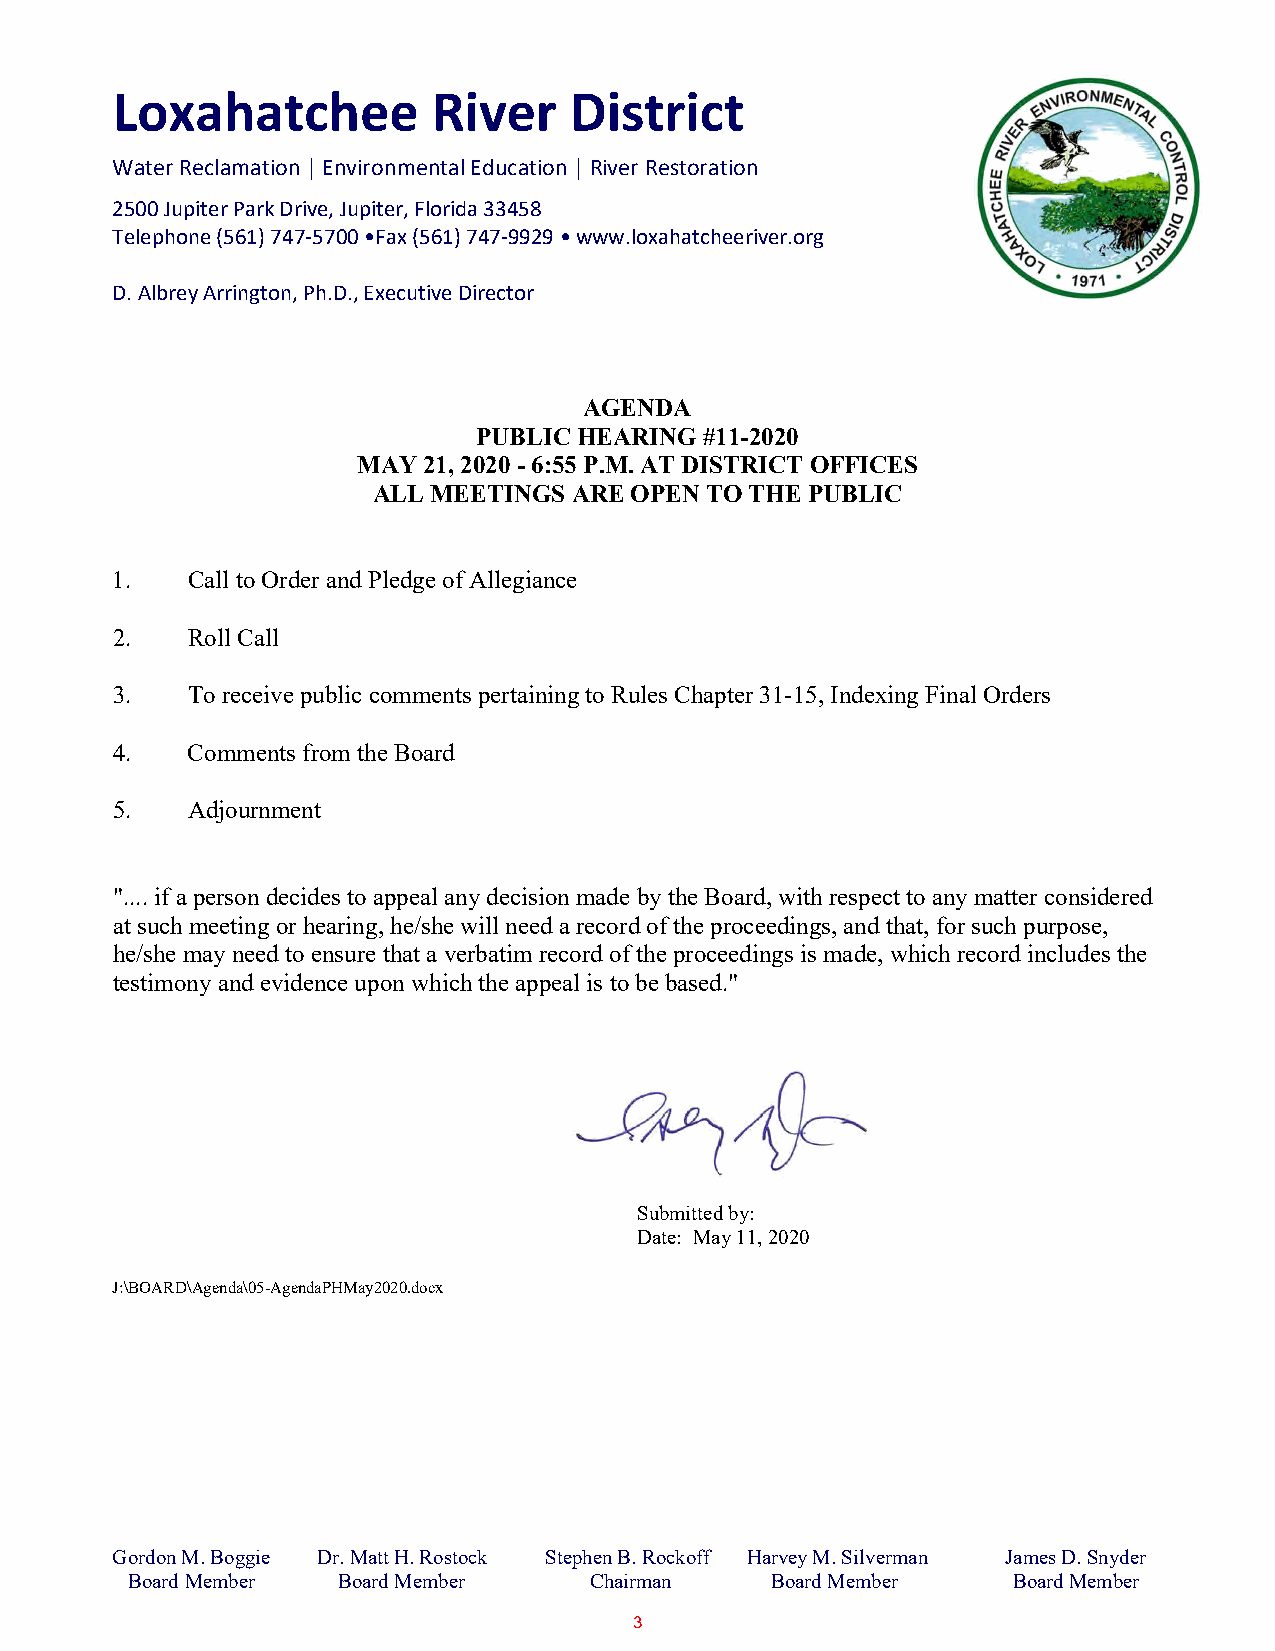
Loxahatchee           River    District
 Water Reclamation | Environmental Education | River Restoration
 2500 Jupiter Park Drive, Jupiter, Florida 33458
 Telephone (561) 747-5700 •Fax (561) 747-9929 • www.loxahatcheeriver.org
 D. Albrey Arrington, Ph.D., Executive Director
 AGENDA
 PUBLIC HEARING #11-2020
 MAY 21, 2020 - 6:55 P.M. AT DISTRICT OFFICES
 ALL MEETINGS ARE OPEN TO THE PUBLIC
 1.   Call to Order and Pledge of Allegiance
 2.   Roll Call
 3.   To receive public comments pertaining to Rules Chapter 31-15, Indexing Final Orders
 4.   Comments from the Board
 5.   Adjournment
 ".... if a person decides to appeal any decision made by the Board, with respect to any matter considered
 at such meeting or hearing, he/she will need a record of the proceedings, and that, for such purpose,
 he/she may need to ensure that a verbatim record of the proceedings is made, which record includes the
 testimony and evidence upon which the appeal is to be based."
 Submitted by:
 Date: May 11, 2020
 J:\BOARD\Agenda\05-AgendaPHMay2020.docx
 Gordon M. Boggie Dr. Matt H. Rostock Stephen B. Rockoff Harvey M. Silverman James D. Snyder
 Board Member  Board Member     Chairman    Board Member    Board Member
 3